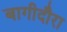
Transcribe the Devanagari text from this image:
बागीदौरा